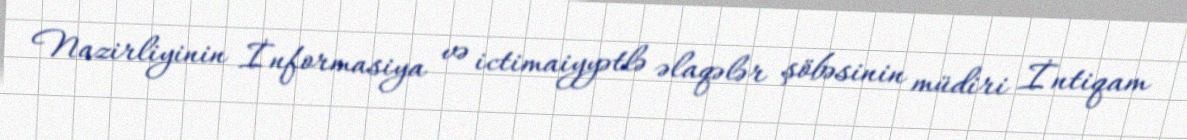
Nazirliyinin İnformasiya və ictimaiyyətlə əlaqələr şöbəsinin müdiri İntiqam